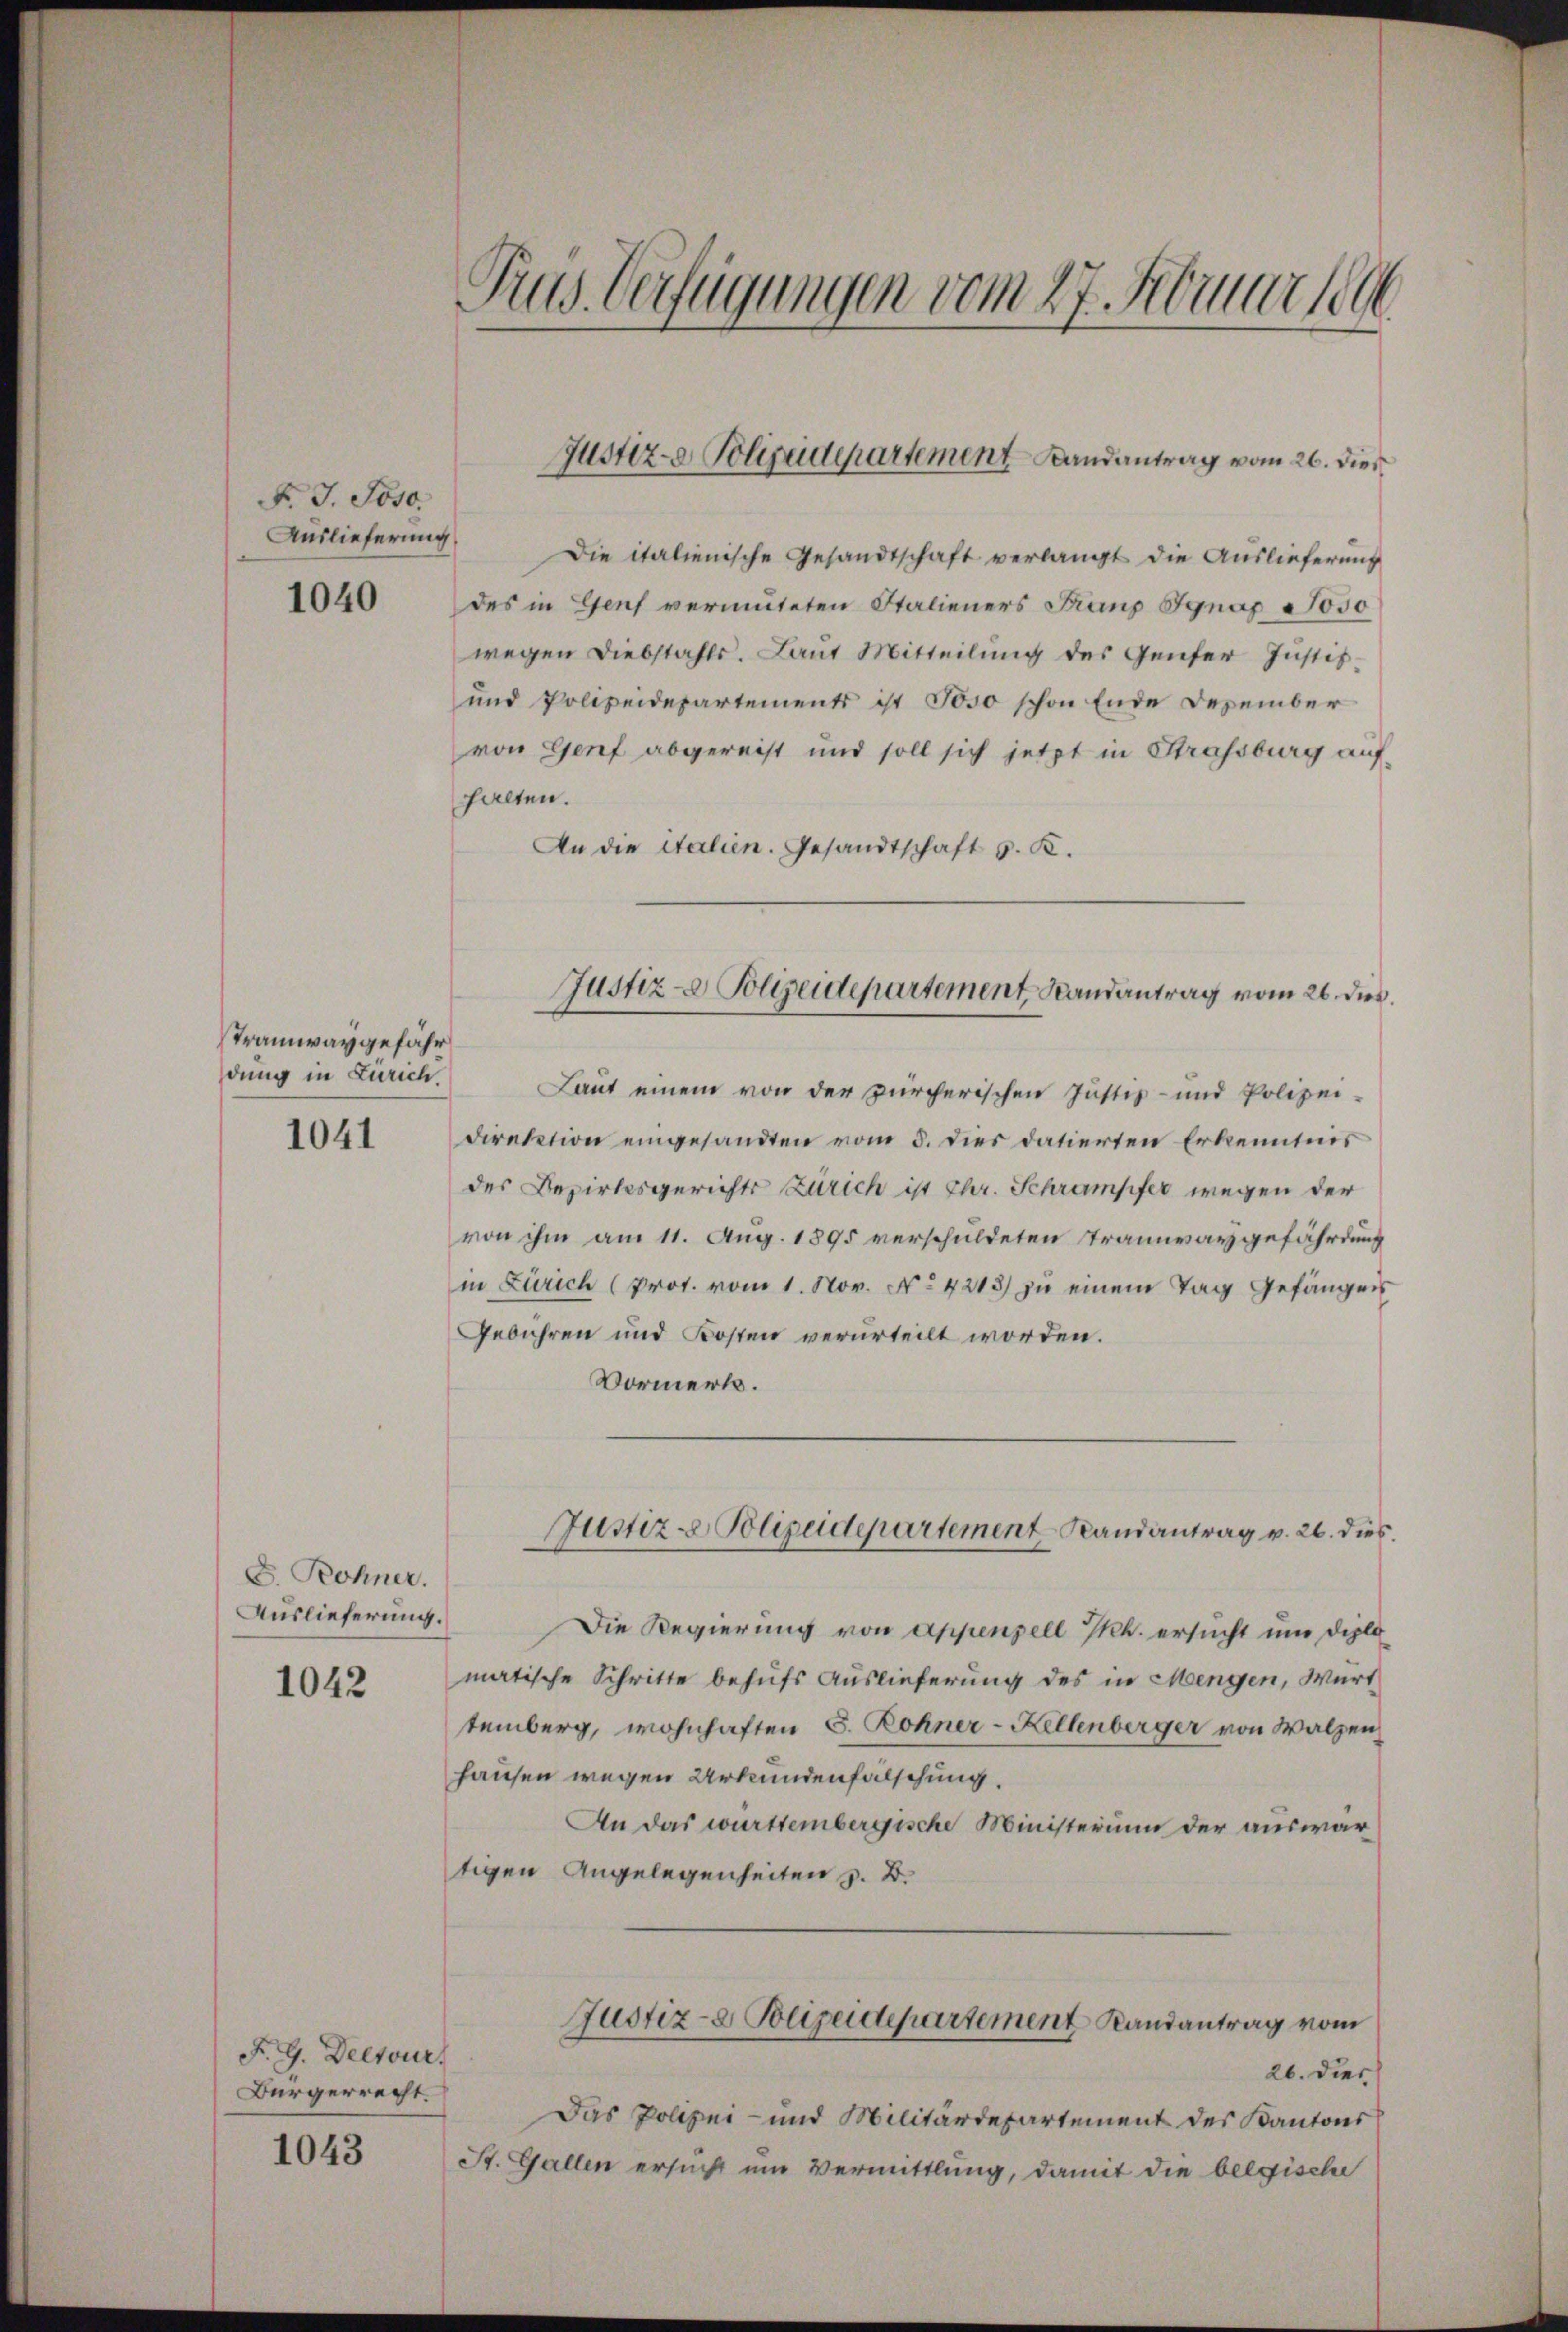
F. J. Joso.
Auslieferung.

1040

Tramway gefähr
dung in Zürich.

1041

d. Rohner.
Auslieferung.
1042

1043

F. G. Decour
Bürgerrecht.

Puis Verfügungen vom 27. Februar 189

Die italienische Gesandtschaft verlangt die Auslieferung
des in Genf vermuteten Stalieners Franz Ignaz Joso
wegen Diebstahls. Laut Mitteilung des Genfer Justiz-
und Polizeidepartements ist Joso schon Ende Dezember
von Genf abgereist und soll sich jetzt in Strassburg auf-
halten.
An die Italien. Gesandtschaft v. K.
Laut einem von der zürcherischen Justiz- und Polizei-
direktion eingesandten vom 3. Dies datierten Erkenntnis
des Bezirksgerichts Zürich ist Chr. Schrampfer wegen der
von ihm am 11. Aug. 1895 verschuldeten Tramwaygefährdung
in Zürich (prot. vom 1. Nov. No 4213. zŭ einem Tag Gefängen
Gebühren und Kosten verurteilt worden.
Vormerk.
Justiz - Polizeidepartement Randantrag v. 26. dies
Die Regierung von Appenzell Th. ersucht und Diplo
matische Schritte behufs Auslieferung des in Mengen, Würt
temberg, wohnhaften S. Rohner-Kellenberger von Walzen,
hausen wegen Urkundenfälschung.
An das württembergische Ministerium der auswartigen Angelegenheiten z. B.
Justiz- & Polizeidepartement Randantrag vom
26. Dies
Das Polizei- und Militärdepartement des Kantons
St. Gallen ersucht um Vermittlung, damit die belgische

Justiz- Polizeidepartement Landantrag vom 26. Dies

Justiz- & Polizeidepartement Randantrag vom 26. dies